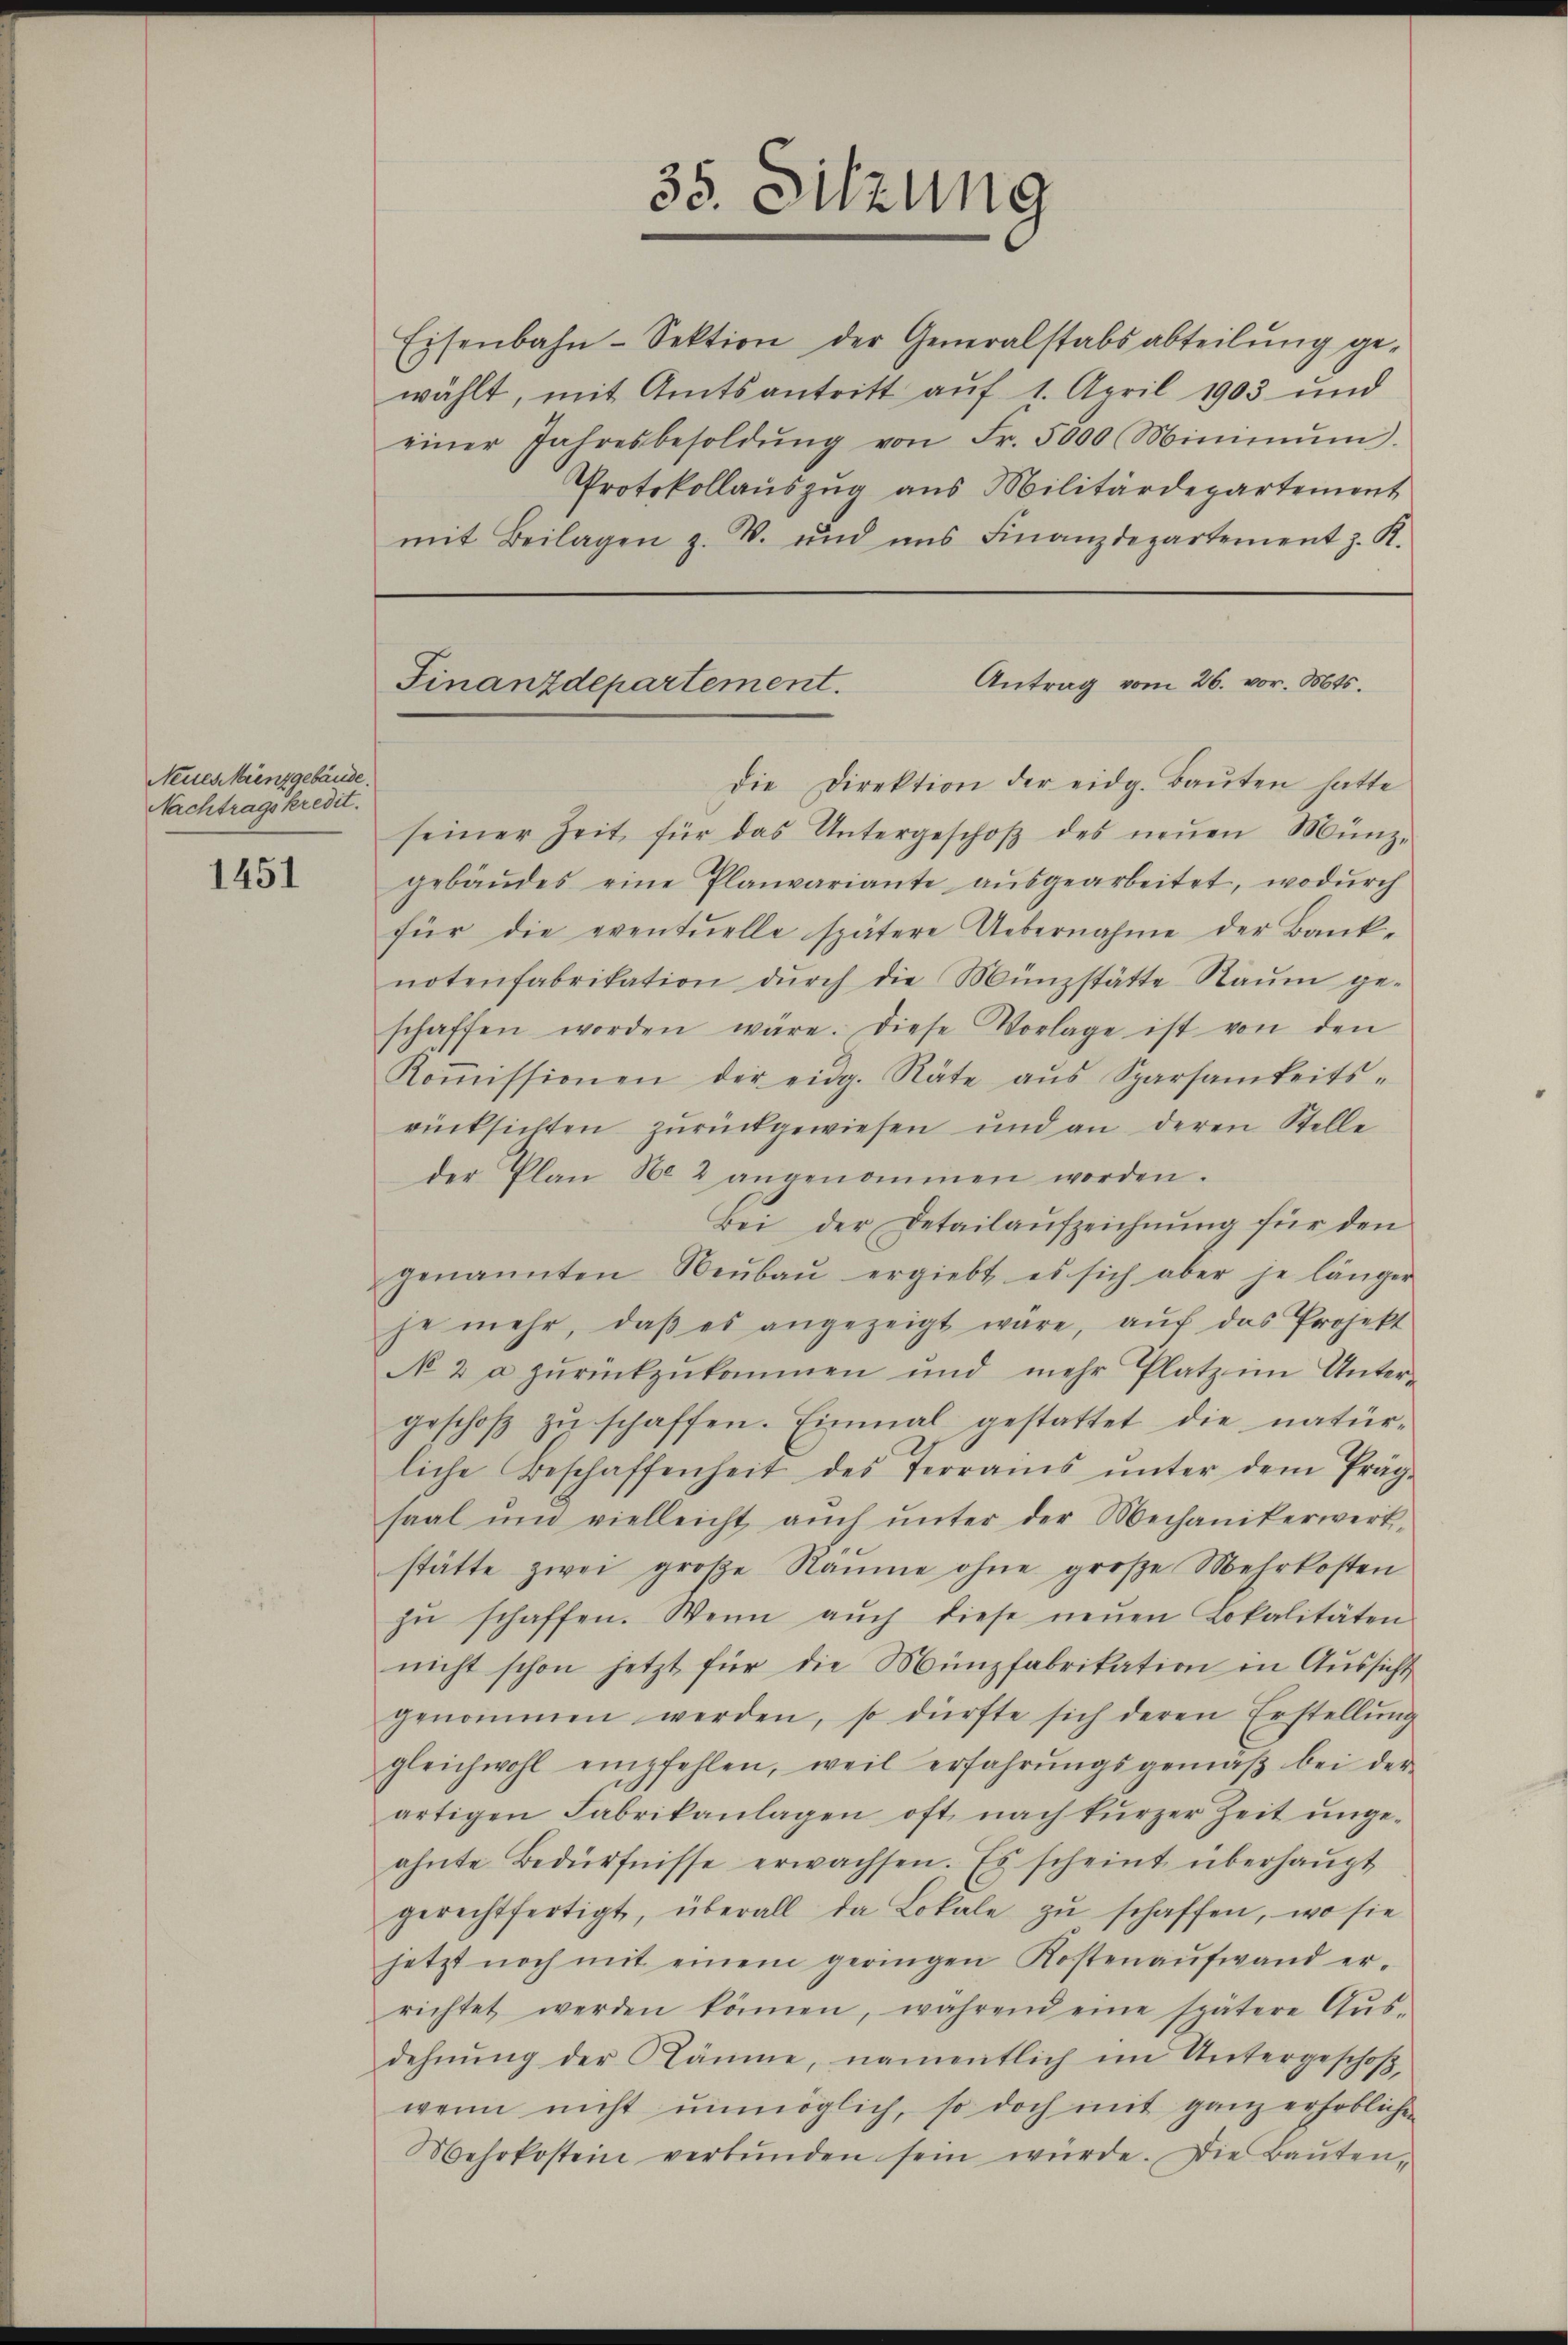
Neues Münzgebäude.
Nachtragskredit.

1451

Eisenbahn-Sektion der Generalstabsabteilŭng ge-
wählt, mit Amtsantritt auf 1. April 1903 und
einer Jahresbesoldŭng von Fr. 5000 Mimmŭn.
Protokollauszug aus Militärdepartement
mit Beilagen z. B. und uns Finanzdepartement z. R.

35. Sitzung

Antrag vom 26. vor. Mts.
Finanzdepartement.

Die Direktion der eidg. Baŭten hatte
seiner Zeit für das Untergeschoβ des neŭen Münz-
gebäŭdes eine Planvariante aŭsgearbeitet, wodŭrch
für die eventuelle spätere Uebernahme der Bank-
notenfabrikation dŭrch die Münzstätte Raŭm ge-
schaffen worden wäre. Diese Vorlage ist von den
Koṁissionen der eidg. Räte aŭs Sparsamkeits-
rücksichten zurückgewiesen und an deren Stelle
der Plan No 2 angenommen worden.
Bei der Detailaŭfzeichnŭng für den
genannten Neŭbaŭ ergiebt es sich aber je länger
je mehr, daβ es angezeigt wäre, aŭf das Projekt
N 2 a zŭrückzŭkommen und mehr Platz im Unter-
geschoβ zŭ schaffen. Einmal gestattet die natür-
liche Beschaffenheit des Terrains ŭnter dem Präg-
saal und vielleicht aŭch ŭnter der Mechanikerwerk-
stätte zwei große Räume ohne große Mehrkosten
zŭ schaffen. Wenn aŭch diese neŭen Lokalitäten
nicht schon jetzt für die Münzfabrikation in Aussicht
genommen werden, so dürfte sich deren Erstellŭng
gleichwohl empfehlen, weil erfahrŭngsgemäβ bei der
artigen Fabrikanlagen oft nach kŭrzer Zeit ŭnge-
ahnte Bedürfnisse erwachsen. Es scheint überhaŭpt
gerechtfertigt, überall da Lokale zŭ schaffen, wo sie
jetzt noch mit einem geringen Kostenaŭfwand er-
richtet werden können, während eine spätere Aŭs-
dehnung der Räume, namentlich im Untergeschoßwenn nicht unmöglich, so doch mit ganz erhoblichen
Mehrkostein verbŭnden sein würde. Die Baŭten-